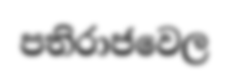
පතිරාජවෙල